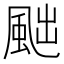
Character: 𩖷